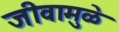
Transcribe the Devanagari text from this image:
जीवामुळे